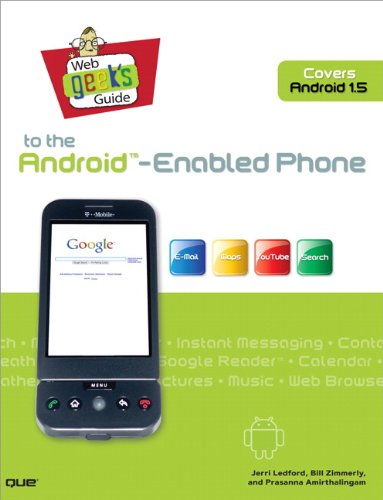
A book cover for Web Geek's Guide to the Android-Enabled Phone; Jerri Ledford; Computers & Technology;